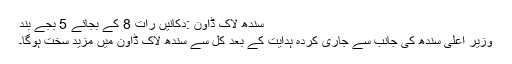
سندھ لاک ڈاون :دکانیں رات 8 کے بجائے 5 بجے بند
وزیر اعلی سندھ کی جانب سے جاری کردہ ہدایت کے بعد کل سے سندھ لاک ڈاون میں مزید سخت ہوگا۔